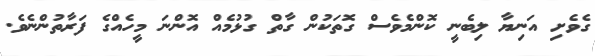
ގެވެށި އަނިޔާ ލިބެނީ ކޮންމެވެސް ގޮތަކުން ގާތް ގުޅުމެއް އޮންނަ މީހެއްގެ ފަރާތުންނެވެ.